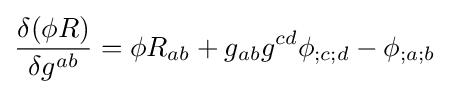
{\frac {\delta (\phi R)}{\delta g^{ab}}}=\phi R_{ab}+g_{ab}g^{cd}\phi _{;c;d}-\phi _{;a;b}